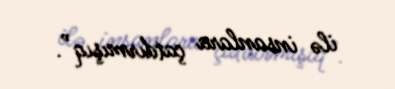
ilə insanlara çatdırmışıq”.